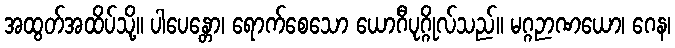
အထွတ်အထိပ်သို့။ ပါပေန္တော၊ ရောက်စေသော ယောဂီပုဂ္ဂိုလ်သည်။ မဂ္ဂဉာဏယော၊ ဂေန၊